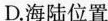
D.海陆位置